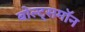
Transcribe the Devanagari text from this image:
बोल्ट्समॉन